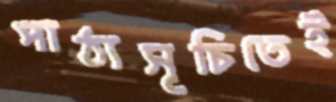
পাঠ্যসূচিতেই